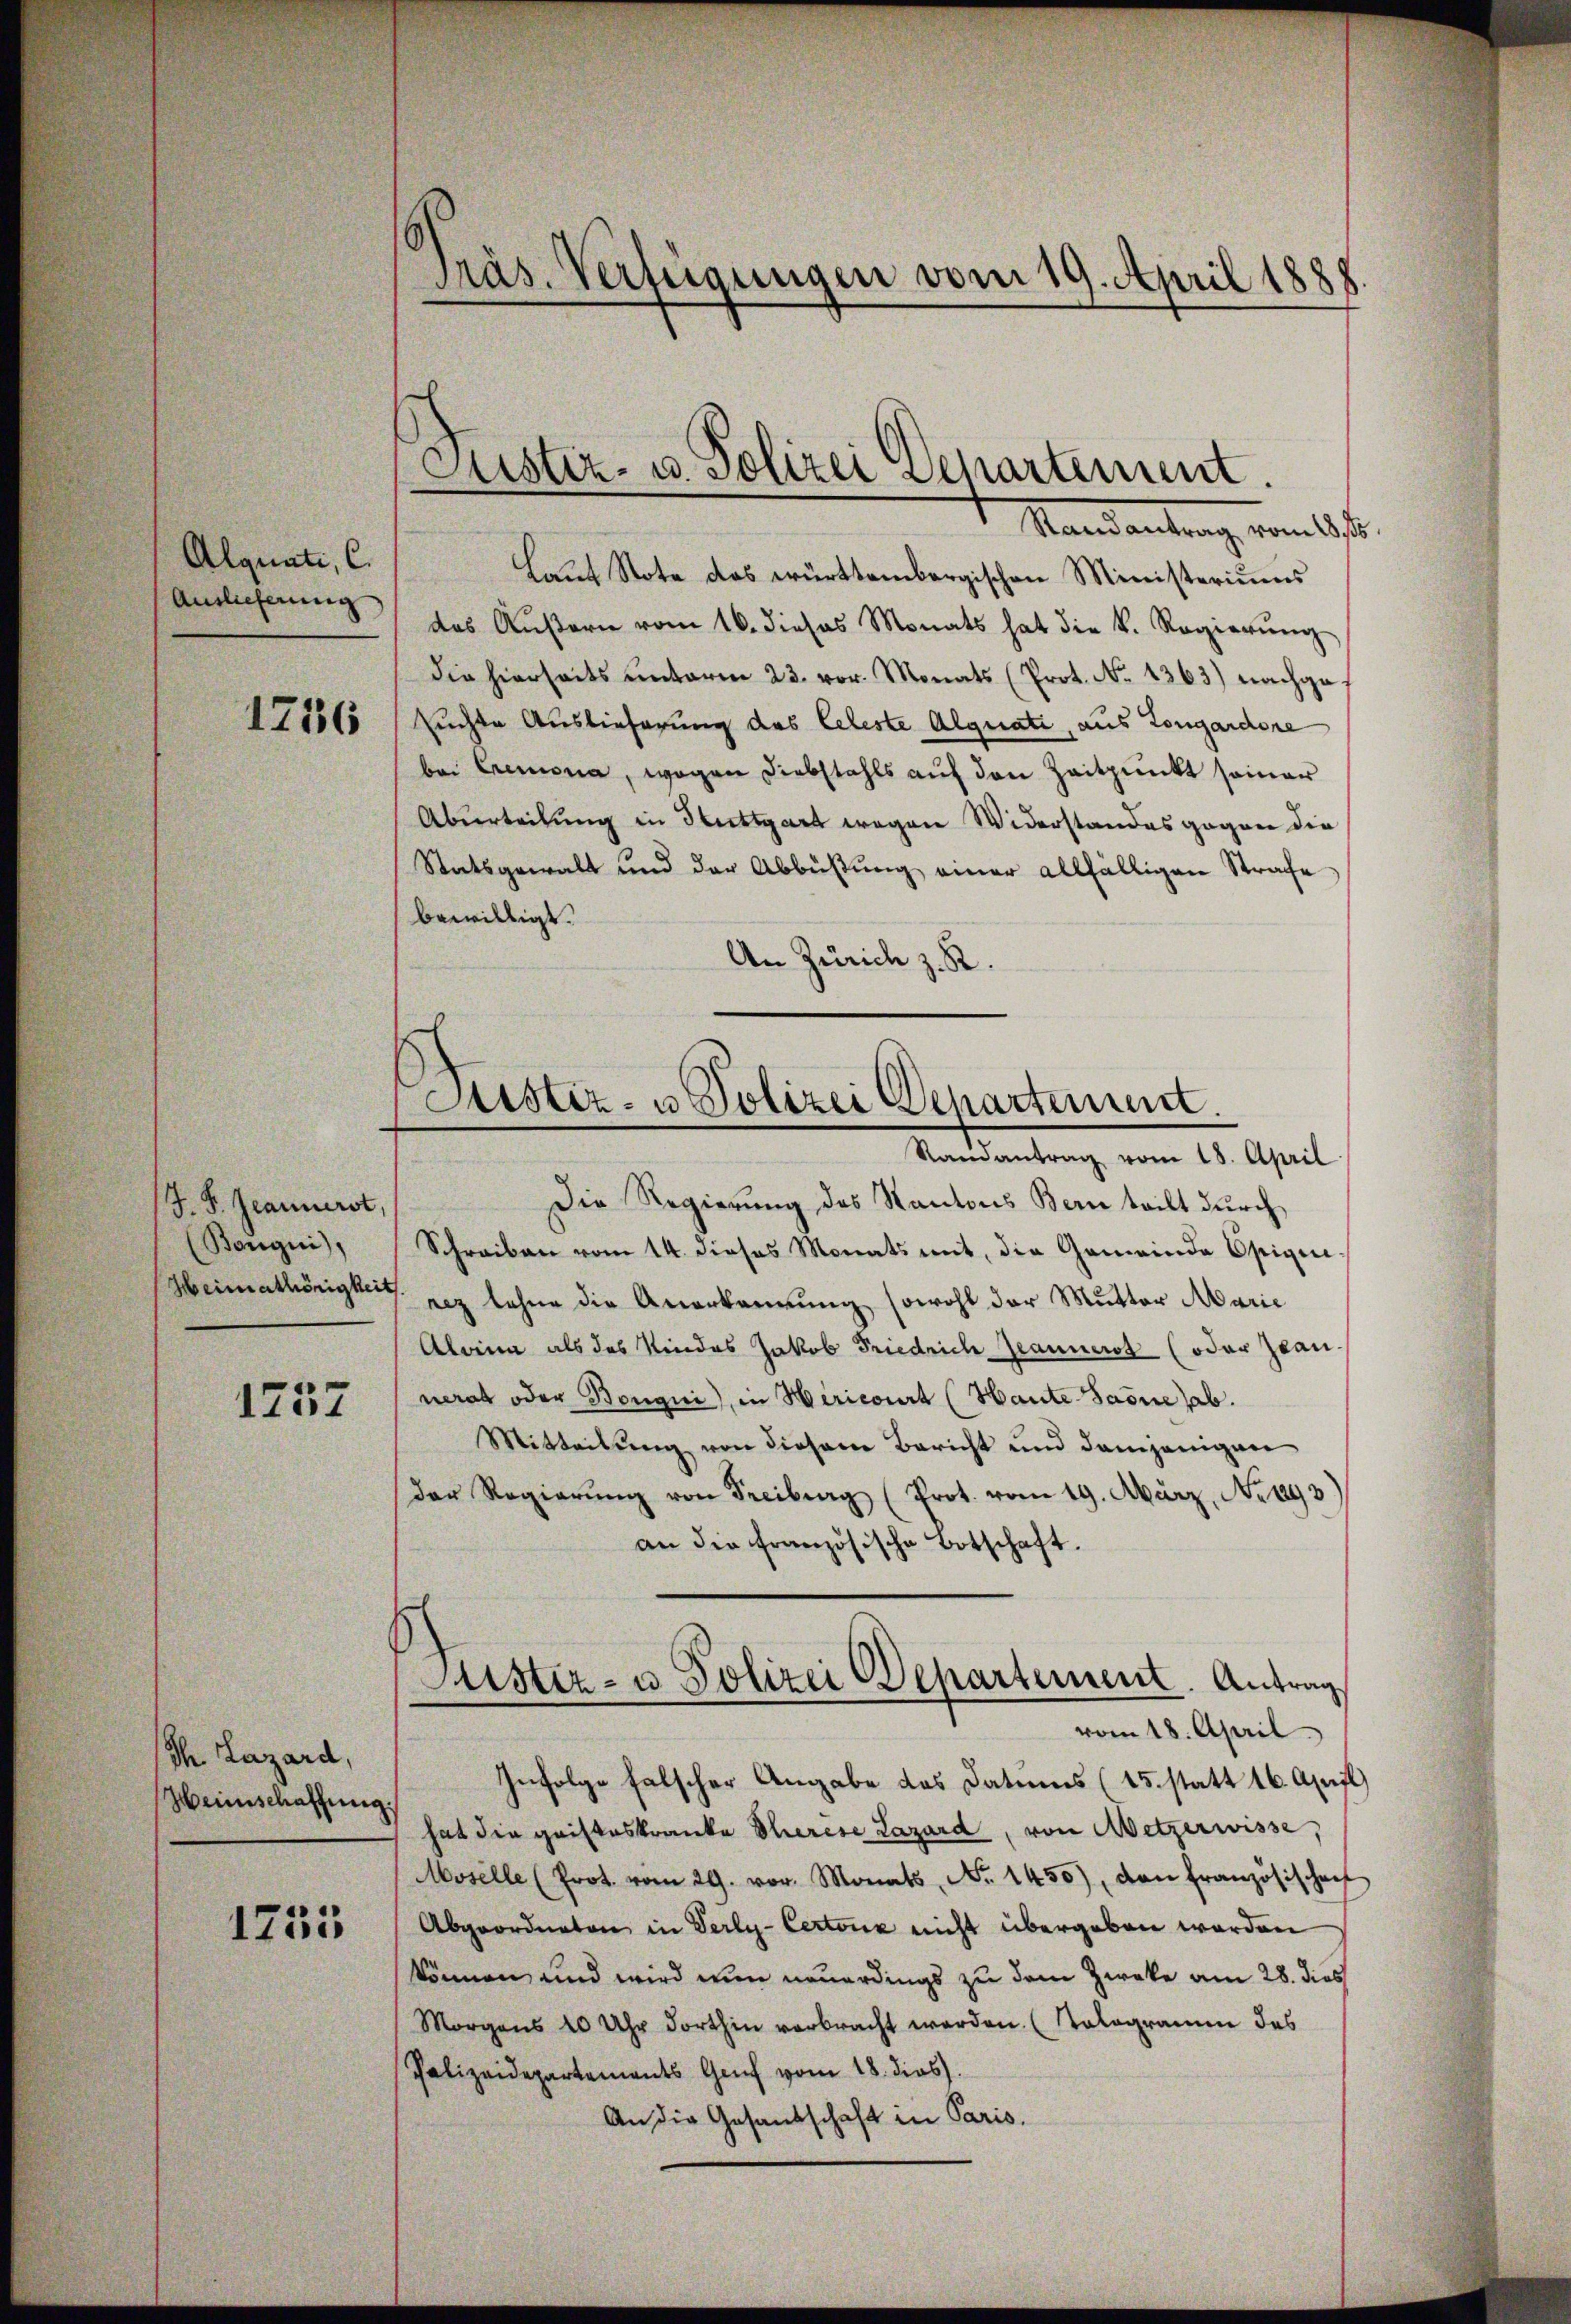
Alquati, C.
Auslieferung

1736

J. P. Jeannerst,
(Bangui),

1757

Ih Lazard,
Heinschaffung

1753

Präs. Verfügungen vom 19. April 1888.

Justiz- u. Polizei Departement.

Justiz- u Polizei Departement
—

Mandantung vom 1st
Laut Stote das württembergischen Ministeriums
das Aŭβern vom 16. dieses Monats hat die k. Regierŭng
die hierseits unterm 23. vor. Monats (Prot. No 1363) nachgesuchte Auslieferung des Celeste Alguate, aus Longardone
bei Cremona, wogen Diebstahls auf den Zeitpunkt seiner
Aburteilung in Stuttgart wegen Widerstandes gegen die
Statsgewalt und der Abbüßung einer allfälligen Strafe
bewilligt.
An Zürich z. R.
Randantrag vom 18. April
Die Regierung des Kantons Bern teilt durch
Schreiben vom 14. dieses Monats mit, die Gemeinde Opigere
Heimathörigkeit, rez lohne die Anerkennung sowohl der Mutter Marie
Alwina als das Kindes Jakob Friedrich Jeannerst (oder Jean
nerat oder Bongni), in Hiricourt (Haute-Saone ab.
Mitteilŭng von diesem Bericht und demjenigen
Der Regierŭng von Freiburg (Prot. vom 19. März, No. 1893
an die französische Botschaft.
Justiz- u. Polizei Departement. Antrag
vom 18. April.
Infolge falscher Angabe des Datums (15. statt 16. April
hat die gaisteskranke Scherese Lazard, von Wetzerwisse,
Moselle (Prot. vom 29. vor. Monats, No. 1450), von Französischen
Abgeordneten in Verly-Certone nicht übergeben worden
können, und wird nun neuerdings zu dem Zweke am 28. dies
Morgens 10 Uhr dorthin verbracht werden. (Tologramm des
Polizeidepartements Genf vom 18. dies
An die Gesandschaft in Paris.